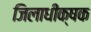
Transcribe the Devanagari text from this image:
जिलाधीक्षक